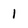
Character: l